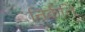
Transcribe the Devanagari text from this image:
निर्कति